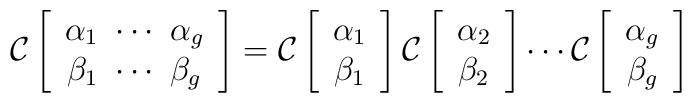
{\cal C} \left[ \begin{array}{c} {\alpha}_1\ \cdots\ \alpha_g \\ {\beta}_1\ \cdots\ \beta_g \end{array}\right]={\cal C} \left[ \begin{array}{c} {\alpha}_1 \\ {\beta}_1 \end{array}\right]{\cal C} \left[ \begin{array}{c} {\alpha}_2 \\ {\beta}_2 \end{array}\right] \cdots {\cal C} \left[ \begin{array}{c} {\alpha}_g \\ {\beta}_g \end{array}\right]